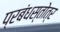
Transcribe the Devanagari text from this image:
प्रबंधस्तोत्र